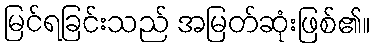
မြင်ရခြင်းသည် အမြတ်ဆုံးဖြစ်၏။